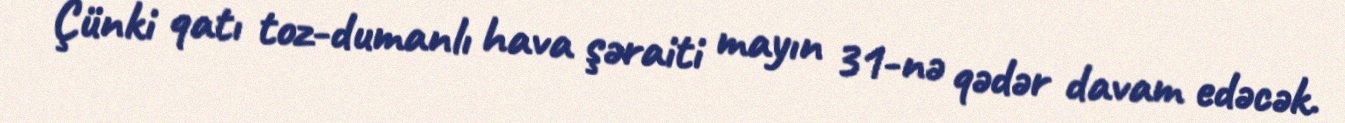
Çünki qatı toz-dumanlı hava şəraiti mayın 31-nə qədər davam edəcək.